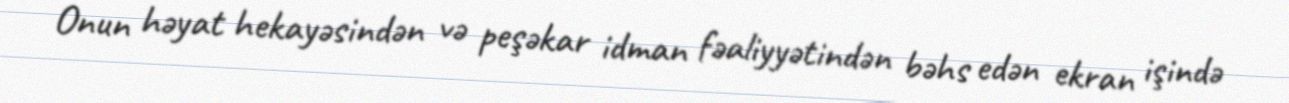
Onun həyat hekayəsindən və peşəkar idman fəaliyyətindən bəhs edən ekran işində